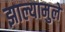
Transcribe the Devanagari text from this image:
झाल्यामुले